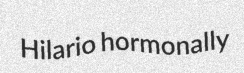
Hilario hormonally